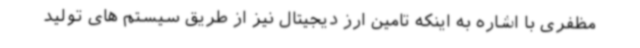
مظفری با اشاره به اینکه تامین ارز دیجیتال نیز از طریق سیستم های تولید